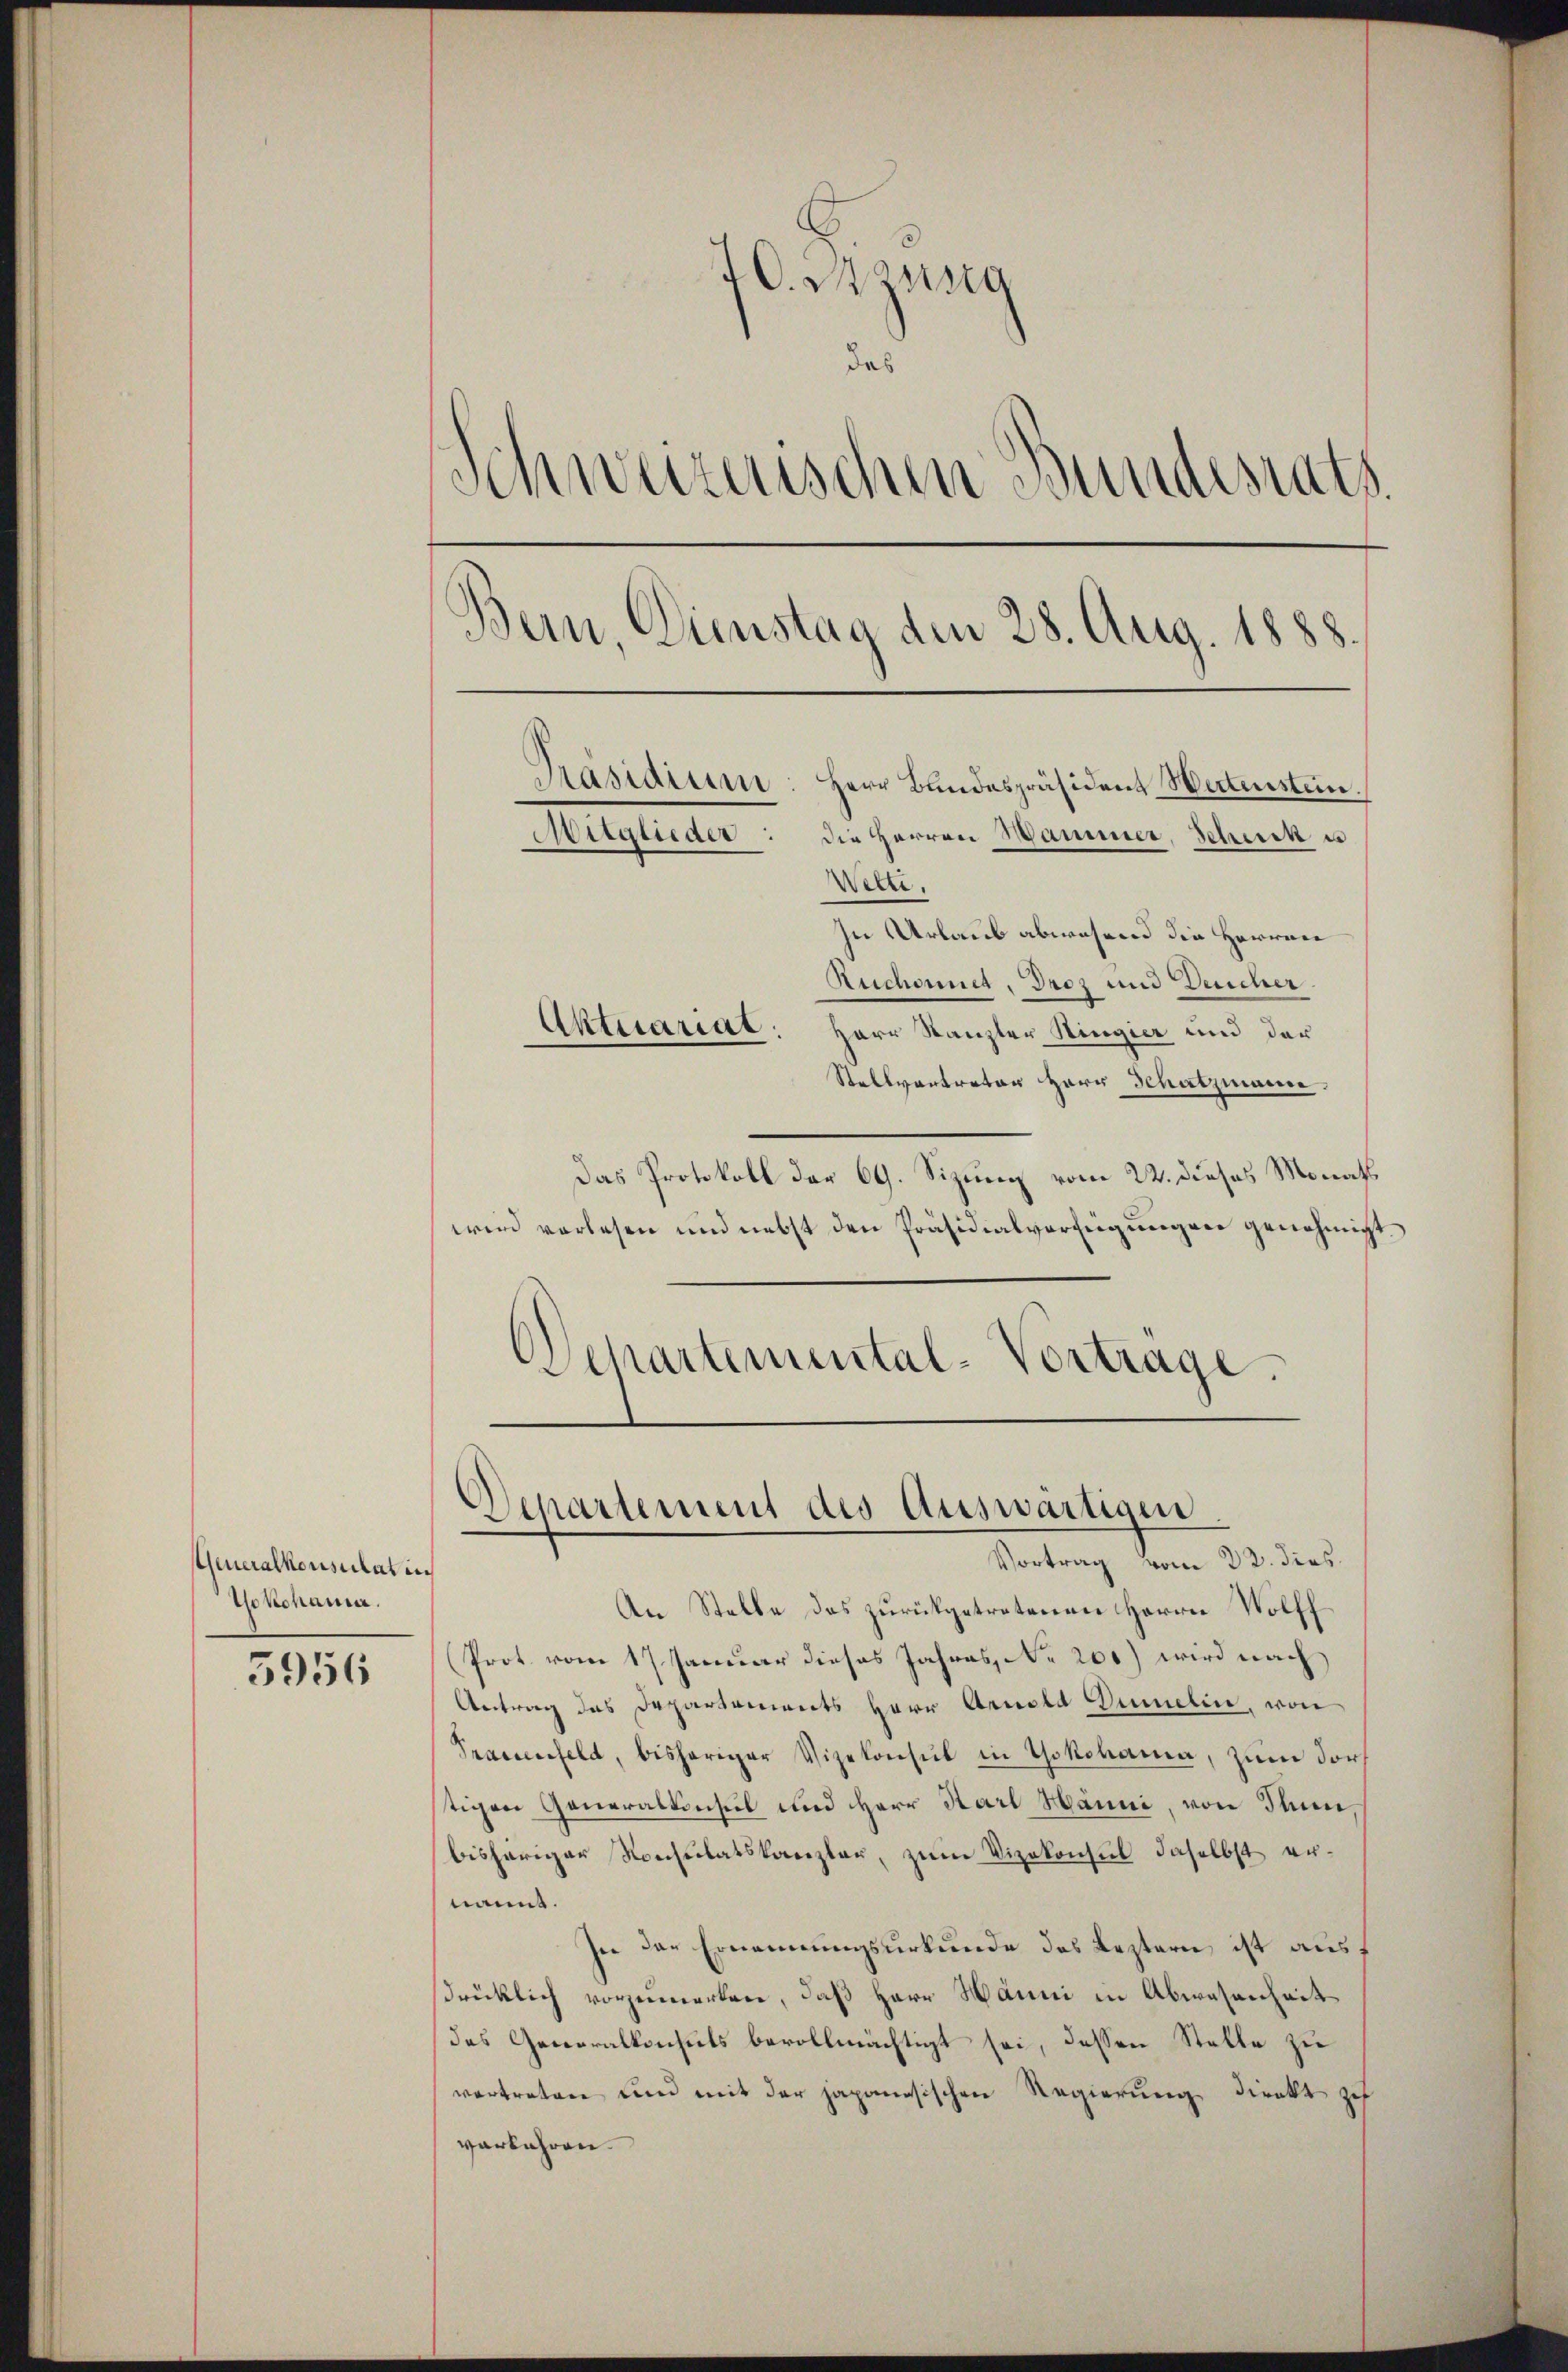
Generalkonsulat in
Yokoham.

5956

20. Manig
das
Schweizerischen Bundesrath
Bern, Dienstag den 28. Aug. 1888.
Präsidium
Herr Bandespräsident Wertenstein.
Mitglieder: die Herren Hammer, Scheick u
Wetzi
In Urlaub abwesend die Herren
Ruchonnet, Droz und Deucher.
Aktuariat: Herr Kanzler Ringier und der
Stellvertreter Herr Schatzmann.

Das Protokoll der 69. Sizung vom 22. dieses Monath.
wird vorlesen und nebst den Präsidialverfügungen genehmigt.
Departemental-Vortrage.

Departement des Auswärtigen
Vortrag vom 22. dies

An Stelle des zurückgetretenen Herrn Wolff
Prot. vom 17. Januar dieses Jahres N. 200) wird nach
Antrag des Departements Herr Arnold Dumelin, von
Prauenfeld, bisheriger Vizekonsul in Yokohama, zum dor
tigen Generalkonsul und HHerr Karl Hänni, von Thun
bisheriger Konsulatskanzler, zum Vizekonsul daselbst ernannt.
In der Ernennungsurkunde des Leztern ist aussdrücklich vorzumerken, daß Herr Hanni in Abwesenheit
das Generalkonsuls bevollmächtigt sei, dessen Stelle zu
vertreten und mit der japanesischen Regierung direkt ich
verkehren.